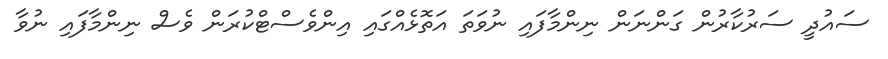
ސައުދީ ސަރުކާރުން ގަންނަން ނިންމާފައި ނުވަތަ އަތޮޅެއްގައި އިންވެސްޓްކުރަން ވެސް ނިންމާފައި ނުވާ